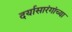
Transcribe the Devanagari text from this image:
दर्यासारंगांच्या